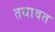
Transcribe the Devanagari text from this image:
तथावत